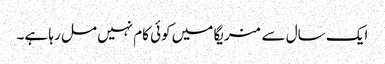
ایک سال سے منریگا میں کوئی کام نہیں مل رہا ہے۔